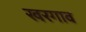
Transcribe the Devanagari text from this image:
खरगाव